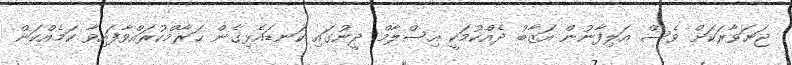
ޖަނަވާރަކަށް ވެސް އަލިފާނުން އަޒާބު ދެއްކުމަކީ އިސްލާމް ދީނުގައި ކަނޑައެޅިގެން ޙަރާމްކުރައްވާފައިވާ ކަމެއްކަން